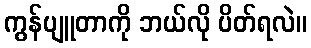
ကွန်ပျူတာကို ဘယ်လို ပိတ်ရလဲ။